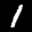
Label: 1